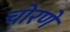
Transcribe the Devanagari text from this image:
चोरणे